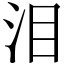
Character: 泪